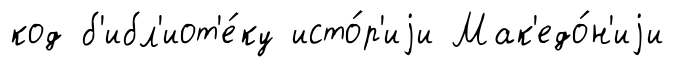
код б'ибл'иот'е́ку исто́р'иjи Мак'едо́н'иjи